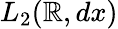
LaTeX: L_{2}(\mathbb{R},dx)